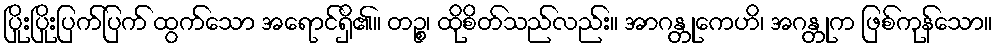
ပြိုးပြိုးပြက်ပြက် ထွက်သော အရောင်ရှိ၏။ တဉ္စ၊ ထိုစိတ်သည်လည်း။ အာဂန္တုကေဟိ၊ အဂန္တုက ဖြစ်ကုန်သော။